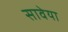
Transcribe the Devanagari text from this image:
सावेया